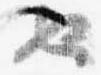
也